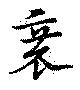
衰